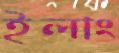
ইলাং